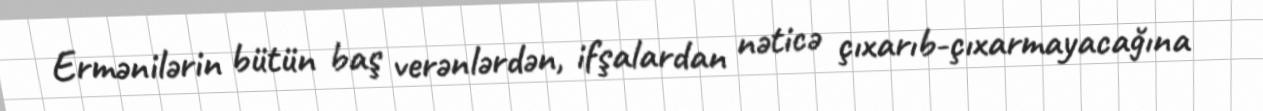
Ermənilərin bütün baş verənlərdən, ifşalardan nəticə çıxarıb-çıxarmayacağına